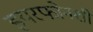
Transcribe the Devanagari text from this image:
इयरफोनशी